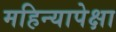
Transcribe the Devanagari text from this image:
महिन्यापेक्षा